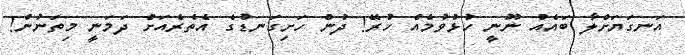
އަނގަޔަށްލާ ބައެއް ނޫނީ ހުޅުވުމެއް ހުރޭ! ދުން ހަށިގަނޑުގެ އެތެރެއަށް ދަމަނީ މިތަނުން!